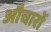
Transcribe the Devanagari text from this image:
औचारों